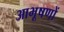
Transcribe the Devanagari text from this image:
आभूषणों